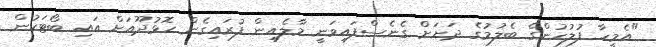
"އެމީހާ ފުލުހުންގެ ބެލުމުގެ ދަށަށް ގެނެސްފައިވަނީ މާލެއިން ފުރައިގެން ހޮޅުދޫއަށް އައި ބޯޓަކުން